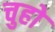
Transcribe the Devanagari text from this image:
चुहो